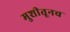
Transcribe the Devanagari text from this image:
मुशीतूनच